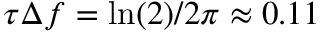
\tau \Delta f = \ln ( 2 ) / 2 \pi \approx 0 . 1 1